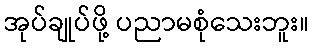
အုပ်ချုပ်ဖို့ ပညာမစုံသေးဘူး။